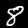
Label: 8